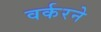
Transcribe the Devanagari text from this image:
वर्करने